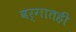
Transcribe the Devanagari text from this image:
वर्गातही